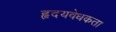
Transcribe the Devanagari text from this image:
हृदयवेधकता